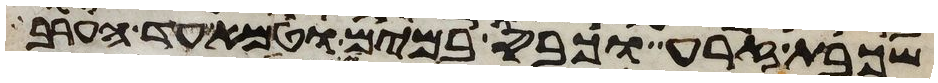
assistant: שכבת זרע וכבס במים וטמא עד הערב